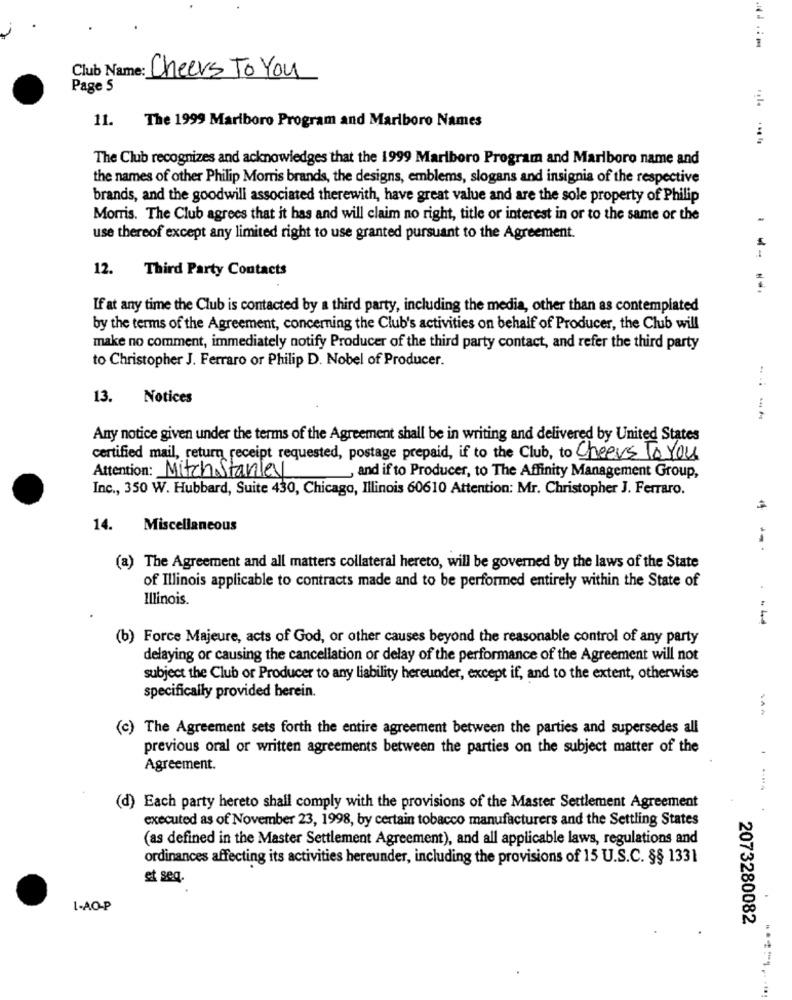
Club Name: Cheers To You
Page S
11.
The 1999 Mariboro Program and Marlboro Names
The Club recognizes and acknowledges that the 1999 Marlboro Program and Marlboro name and
the names of other Philip Morris brands, the designs, emblems, slogans and insignia of the respective
brands, and the goodwill associated therewith, have great value and are the sole property of Philip
Morris. The Club agrees that it has and will claim no right, title or interest in or to the same or the
use thereof except any limited right to use granted pursuant to the Agreement.
12. Third Party Contacts
If at any time the Club is contacted by a third party, including the media, other than as contemplated
by the terms of the Agreement, concerning the Club's activities on behalf of Producer, the Club will
make no comment, immediately notify Producer of the third party contact, and refer the third party
to Christopher J. Ferraro or Philip D. Nobel of Producer.
13.
Notices
Any notice given under the terms of the Agreement shall be in writing and delivered by United States
certified mail, return receipt requested, postage prepaid, if to the Club, to Cheevs To you
Attention: Mitch Stanley
and if to Producer, to The Affinity Management Group,
Inc ., 350 W. Hubbard, Suite 430, Chicago, Illinois 60610 Attention: Mr. Christopher J. Ferraro.
14.
Miscellaneous
(a) The Agreement and all matters collateral hereto, will be governed by the laws of the State
of Illinois applicable to contracts made and to be performed entirely within the State of
Illinois.
(b) Force Majeure, acts of God, or other causes beyond the reasonable control of any party
delaying or causing the cancellation or delay of the performance of the Agreement will not
subject the Club or Producer to any liability hereunder, except if, and to the extent, otherwise
specifically provided herein.
(c) The Agreement sets forth the entire agreement between the parties and supersedes all
previous oral or written agreements between the parties on the subject matter of the
Agreement.
(d) Each party hereto shall comply with the provisions of the Master Settlement Agreement
executed as of November 23, 1998, by certain tobacco manufacturers and the Settling States
(as defined in the Master Settlement Agreement), and all applicable laws, regulations and
ordinances affecting its activities hereunder, including the provisions of 15 U.S.C. §§ 1331
et seq.
1-AO-P
2073280082